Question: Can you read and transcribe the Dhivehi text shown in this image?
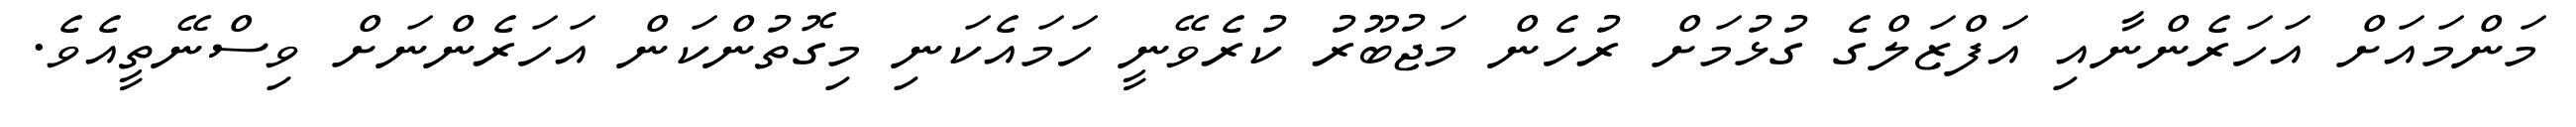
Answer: މަންމައަށް އަހަރެންނާއި އަފްޒަލްގެ ގުޅުމަށް ރުހެން މަޖުބޫރު ކުރެވޭނީ ހަމައެކަނި މިގޮތުންކަން އަހަރެންނަށް ވިސްނޭތީއެވެ.